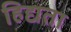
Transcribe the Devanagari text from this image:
हिद्यता